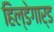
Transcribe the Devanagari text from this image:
हिल्डेगार्ड